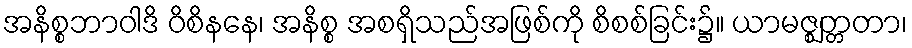
အနိစ္စဘာဝါဒိ ဝိစိနနေ၊ အနိစ္စ အစရှိသည်အဖြစ်ကို စိစစ်ခြင်း၌။ ယာမဇ္ဈတ္တတာ၊